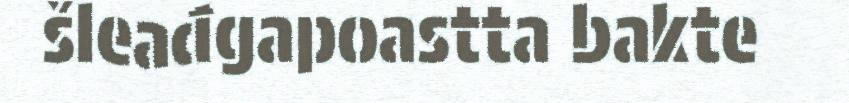
šleađgapoastta bakte